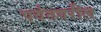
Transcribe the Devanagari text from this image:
पर्वतवरील